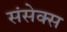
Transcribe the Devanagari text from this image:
संसेक्स